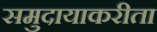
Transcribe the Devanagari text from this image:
समुदायाकरीता